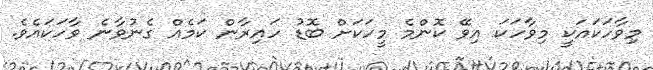
މިވާހަކައަކީ މިވާހަކަ އިވޭ ކޮންމެ މީހަކަށް ބޮޑު ހައިރާން ކަމެއް ގެނުވާނެ ވާހަކައެވެ.